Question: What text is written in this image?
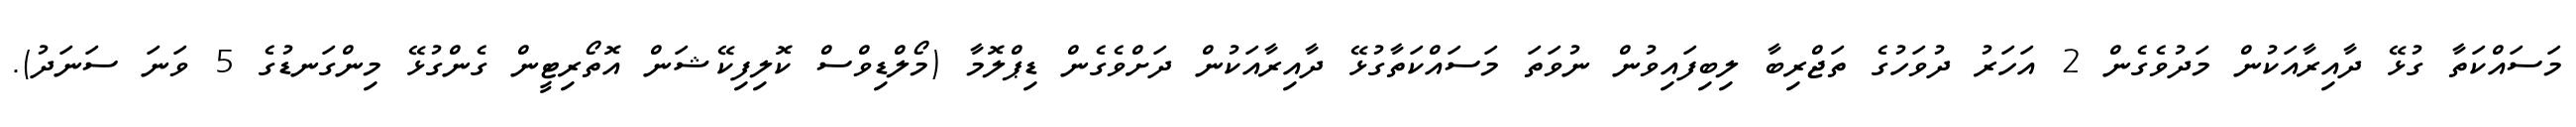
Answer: މަސައްކަތާ ގުޅޭ ދާއިރާއަކުން މަދުވެގެން 2 އަހަރު ދުވަހުގެ ތަޖްރިބާ ލިބިފައިވުން ނުވަތަ މަސައްކަތާގުޅޭ ދާއިރާއަކުން ދަށްވެގެން ޑިޕްލޮމާ (މޯލްޑިވްސް ކޮލިފިކޭޝަން އޮތޯރިޓީން ގެންގުޅޭ މިންގަނޑުގެ 5 ވަނަ ސަނަދު).